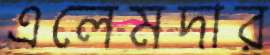
এলেমদার